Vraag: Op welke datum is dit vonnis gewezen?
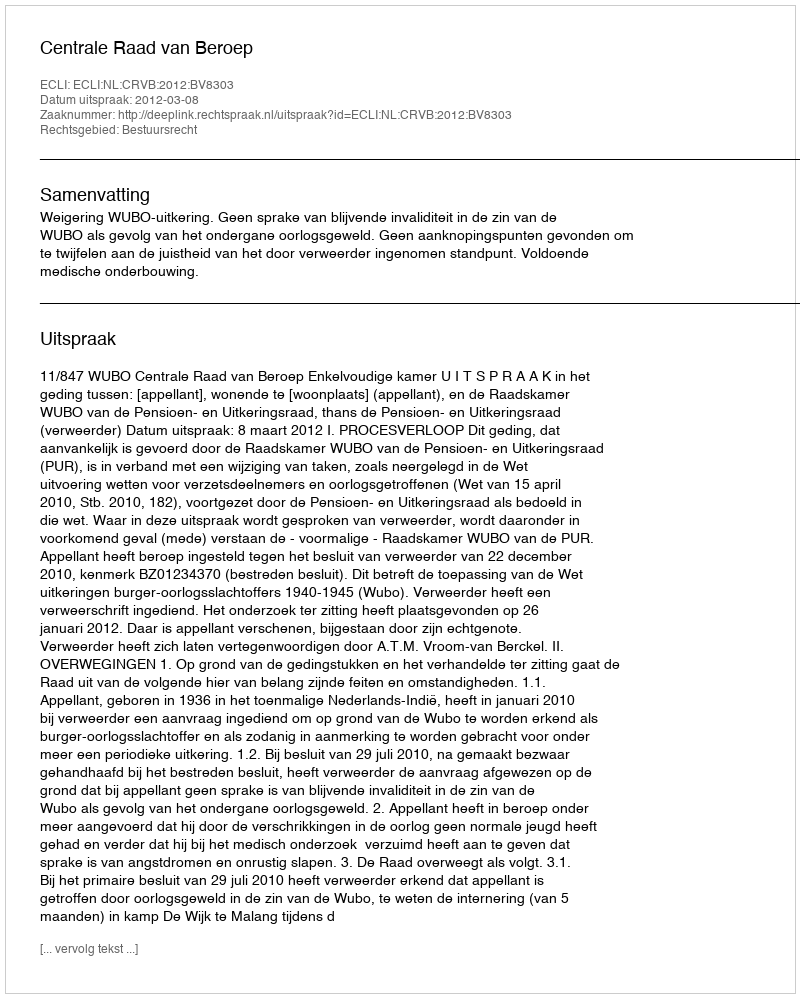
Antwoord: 2012-03-08